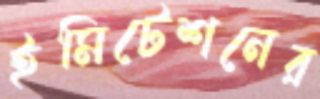
ইমিটেশনের